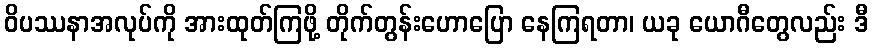
ဝိပဿနာအလုပ်ကို အားထုတ်ကြဖို့ တိုက်တွန်းဟောပြော နေကြရတာ၊ ယခု ယောဂီတွေလည်း ဒီ